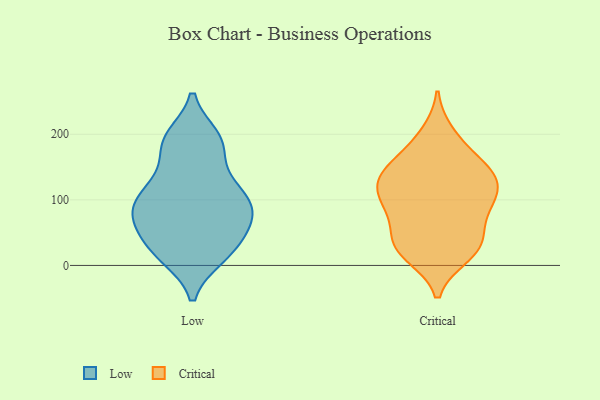
{"axis": {"x": "Demand Index", "y": "Value"}, "legend": ["Critical", "Low"], "data": [{"x": "", "y": 189, "type": "Low"}, {"x": "", "y": 98, "type": "Low"}, {"x": "", "y": 18, "type": "Low"}, {"x": "", "y": 84, "type": "Low"}, {"x": "", "y": 100, "type": "Low"}, {"x": "", "y": 190, "type": "Low"}, {"x": "", "y": 56, "type": "Low"}, {"x": "", "y": 127, "type": "Low"}, {"x": "", "y": 14, "type": "Low"}, {"x": "", "y": 98, "type": "Low"}, {"x": "", "y": 137, "type": "Low"}, {"x": "", "y": 195, "type": "Low"}, {"x": "", "y": 61, "type": "Low"}, {"x": "", "y": 21, "type": "Low"}, {"x": "", "y": 103, "type": "Low"}, {"x": "", "y": 22, "type": "Low"}, {"x": "", "y": 66, "type": "Low"}, {"x": "", "y": 67, "type": "Low"}, {"x": "", "y": 182, "type": "Low"}, {"x": "", "y": 111, "type": "Critical"}, {"x": "", "y": 150, "type": "Critical"}, {"x": "", "y": 200, "type": "Critical"}, {"x": "", "y": 98, "type": "Critical"}, {"x": "", "y": 112, "type": "Critical"}, {"x": "", "y": 16, "type": "Critical"}, {"x": "", "y": 151, "type": "Critical"}, {"x": "", "y": 142, "type": "Critical"}, {"x": "", "y": 33, "type": "Critical"}, {"x": "", "y": 29, "type": "Critical"}, {"x": "", "y": 122, "type": "Critical"}, {"x": "", "y": 186, "type": "Critical"}, {"x": "", "y": 138, "type": "Critical"}, {"x": "", "y": 26, "type": "Critical"}, {"x": "", "y": 80, "type": "Critical"}, {"x": "", "y": 81, "type": "Critical"}, {"x": "", "y": 25, "type": "Critical"}, {"x": "", "y": 45, "type": "Critical"}, {"x": "", "y": 91, "type": "Critical"}, {"x": "", "y": 137, "type": "Critical"}]}